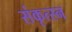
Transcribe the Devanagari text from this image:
संकृत्स्न